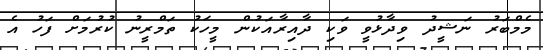
މެމްބަރު ނަޝީދު ވިދާޅުވީ ވަކި ދާއިރާއަކުން މީހަކު ތަމްރީނު ކުރުމަށް ފަހު އެ